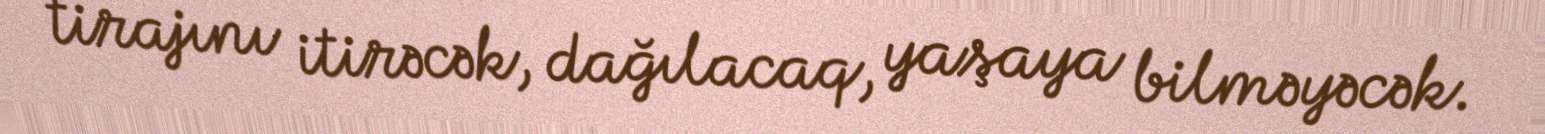
tirajını itirəcək, dağılacaq, yaşaya bilməyəcək.